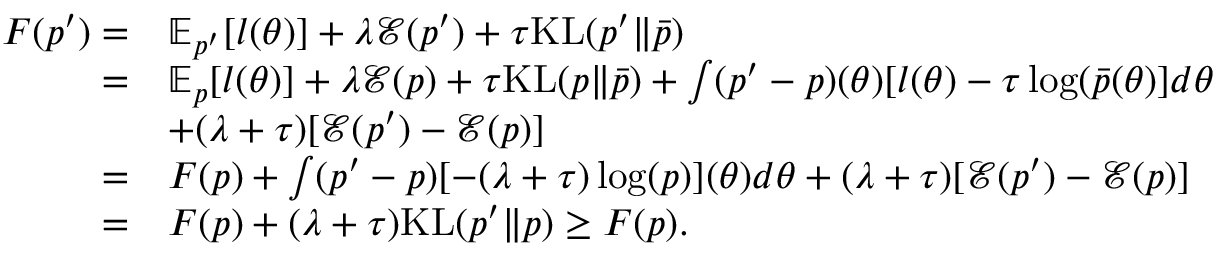
\begin{array} { r l } { F ( p ^ { \prime } ) = } & { \mathbb { E } _ { p ^ { \prime } } [ l ( \theta ) ] + \lambda \mathcal { E } ( p ^ { \prime } ) + \tau \mathrm { K L } ( p ^ { \prime } \| \Bar { p } ) } \\ { = } & { \mathbb { E } _ { p } [ l ( \theta ) ] + \lambda \mathcal { E } ( p ) + \tau \mathrm { K L } ( p \| \Bar { p } ) + \int ( p ^ { \prime } - p ) ( \theta ) [ l ( \theta ) - \tau \log ( \Bar { p } ( \theta ) ] d \theta } \\ & { + ( \lambda + \tau ) [ \mathcal { E } ( p ^ { \prime } ) - \mathcal { E } ( p ) ] } \\ { = } & { F ( p ) + \int ( p ^ { \prime } - p ) [ - ( \lambda + \tau ) \log ( p ) ] ( \theta ) d \theta + ( \lambda + \tau ) [ \mathcal { E } ( p ^ { \prime } ) - \mathcal { E } ( p ) ] } \\ { = } & { F ( p ) + ( \lambda + \tau ) \mathrm { K L } ( p ^ { \prime } \| p ) \geq F ( p ) . } \end{array}